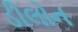
ડીલોન